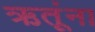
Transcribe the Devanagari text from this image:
ऋतूंना